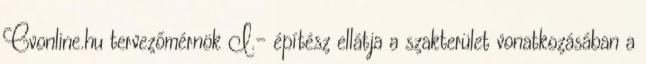
Cvonline.hu tervezőmérnök I.- építész ellátja a szakterület vonatkozásában a